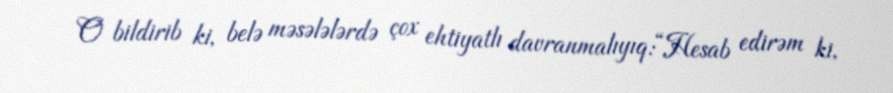
O bildirib ki, belə məsələlərdə çox ehtiyatlı davranmalıyıq:“Hesab edirəm ki,